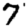
Digit: 7